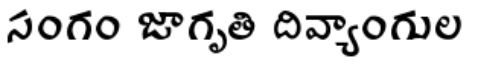
సంగం జాగృతి దివ్యాంగుల